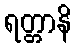
ရတ္တာနိ